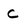
Character: c